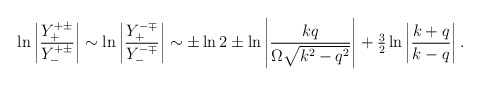
\begin{align*}\ln\left|\frac{Y^{+\pm}_+}{Y^{+\pm}_-}\right|\sim\ln\left|\frac{Y^{-\mp}_+} {Y^{-\mp}_-}\right|\sim\pm\ln 2\pm\ln\left|\frac{kq}{\Omega\sqrt{k^2-q^2}} \right|+{\textstyle \frac{3}{2}}\ln\left|\frac{k+q}{k-q}\right|.\end{align*}